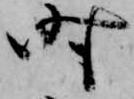
時